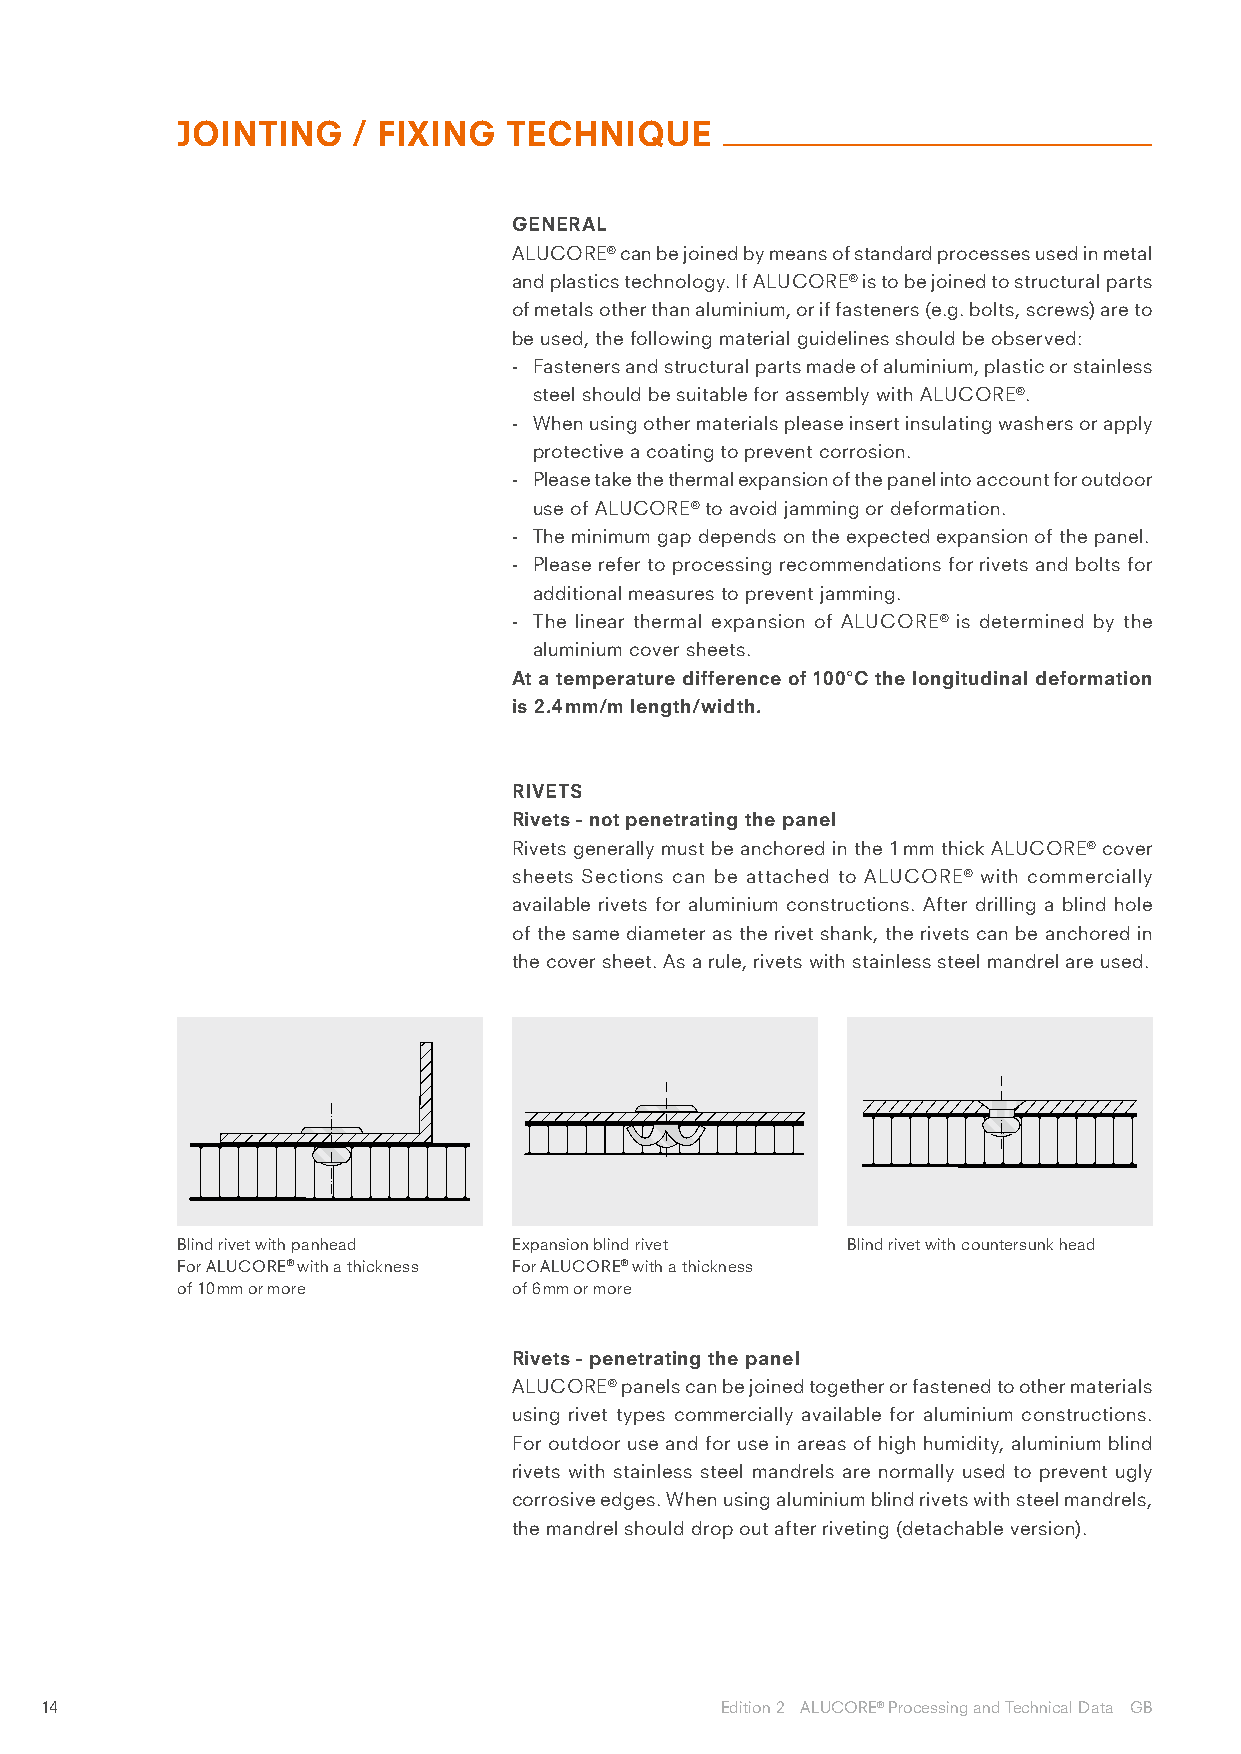
JOINTING   / FIXING  TECHNIQUE
 GENERAL
 ALUCORE® can be joined by means of standard processes used in metal
 and plastics technology. If ALUCORE® is to be joined to structural parts
 of metals other than aluminium, or if fasteners (e.g. bolts, screws) are to
 be used, the following material guidelines should be observed:
 - Fasteners and structural parts made of aluminium, plastic or stainless
 steel should be suitable for assembly with ALUCORE®.
 - When using other materials please insert insulating washers or apply
 protective a coating to prevent corrosion.
 - Please take the thermal expansion of the panel into account for outdoor
 use of ALUCORE® to avoid jamming or deformation.
 - The minimum gap depends on the expected expansion of the panel.
 - Please refer to processing recommendations for rivets and bolts for
 additional measures to prevent jamming.
 - The linear thermal expansion of ALUCORE® is determined by the
 aluminium cover sheets.
 At a temperature difference of 100°C the longitudinal deformation
 is 2.4 mm/m length/width.
 RIVETS
 Rivets - not penetrating the panel
 Rivets generally must be anchored in the 1 mm thick ALUCORE® cover
 sheets Sections can be attached to ALUCORE® with commercially
 available rivets for aluminium constructions. After drilling a blind hole
 of the same diameter as the rivet shank, the rivets can be anchored in
 the cover sheet. As a rule, rivets with stainless steel mandrel are used.
 Blind rivet with panhead Expansion blind rivet Blind rivet with countersunk head
 For ALUCORE® with a thickness For ALUCORE® with a thickness
 of 10 mm or more      of 6 mm or more
 Rivets - penetrating the panel
 ALUCORE® panels can be joined together or fastened to other materials
 using rivet types commercially available for aluminium constructions.
 For outdoor use and for use in areas of high humidity, aluminium blind
 rivets with stainless steel mandrels are normally used to prevent ugly
 corrosive edges. When using aluminium blind rivets with steel mandrels,
 the mandrel should drop out after riveting (detachable version).
 14                                           Edition 2 ALUCORE® Processing and Technical Data GB